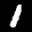
Label: 1